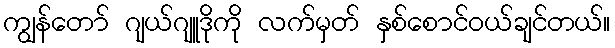
ကျွန်တော် ဂျယ်ဂျူဒိုကို လက်မှတ် နှစ်စောင်ဝယ်ချင်တယ်။